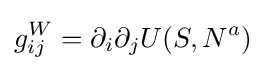
g_{ij}^{W}=\partial _{i}\partial _{j}U(S,N^{a})